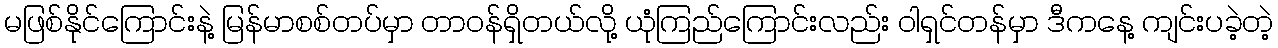
မဖြစ်နိုင်ကြောင်းနဲ့ မြန်မာစစ်တပ်မှာ တာဝန်ရှိတယ်လို့ ယုံကြည်ကြောင်းလည်း ဝါရှင်တန်မှာ ဒီကနေ့ ကျင်းပခဲ့တဲ့